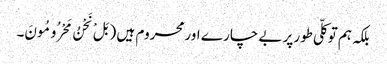
بلکہ ہم توکلّی طورپر بے چار ے اورمحروم ہیں ( بَلْ نَحْنُ مَحْرُومُونَ۔